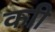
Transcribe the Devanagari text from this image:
काी